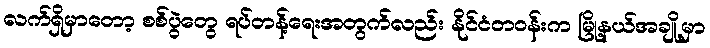
လက်ရှိမှာတော့ စစ်ပွဲတွေ ရပ်တန့်ရေးအတွက်လည်း နိုင်ငံတဝန်းက မြို့နယ်အချို့မှာ